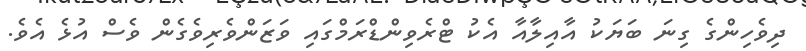
ދިވެހިންގެ ގިނަ ބަޔަކު އާއިލާއާ އެކު ޓްރެވިންޑްރަމްގައި ވަޒަންވެރިވެގެން ވެސް އުޅެ އެވެ.